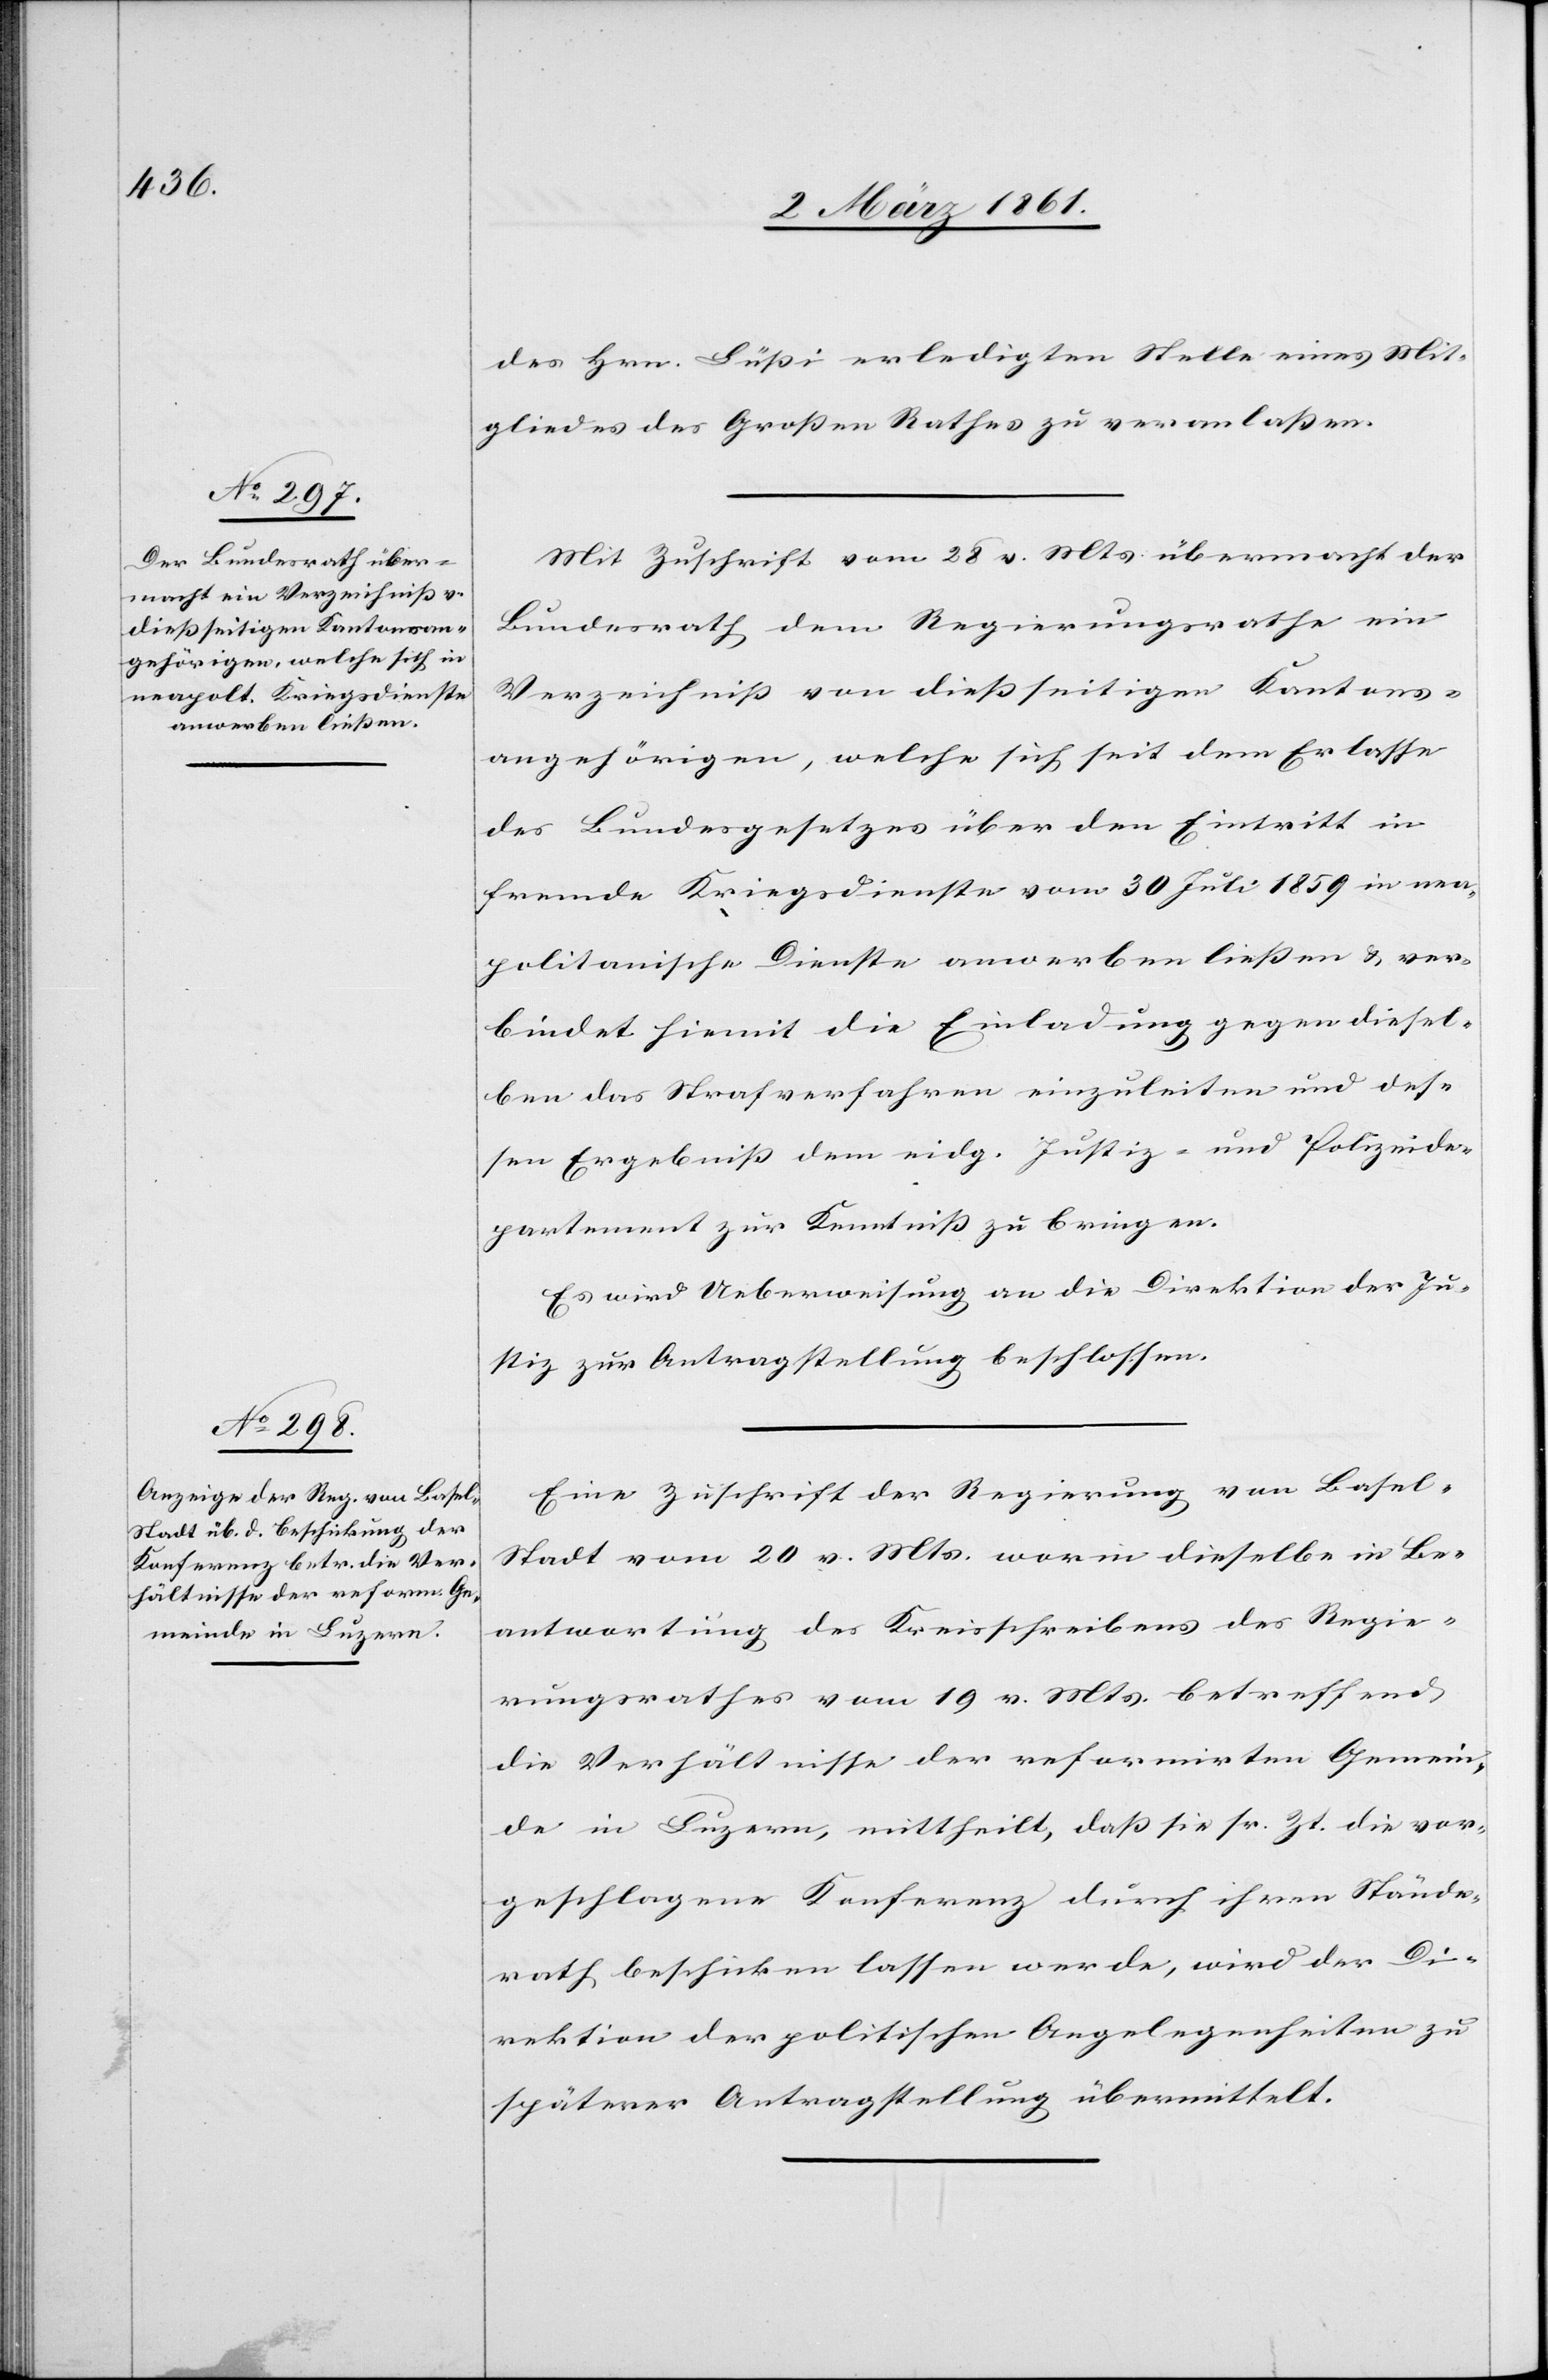
des Hrn. Lüssi erledigten Stelle eines Mit¬
gliedes des Grossen Rathes zu veranlassen.
Mit Zuschrift vom 28. v. Mts. übermacht der
Bundesrath dem Regierungsrathe ein
Verzeichniss von diessseitigen Kantons¬
angehörigen, welche sich seit dem Erlasse
des Bundesgesetzes über den Eintritt in
fremde Kriegsdienste vom 30 Juli 1859 in nea¬
politanische Dienste anwerben liessen u. ver¬
bindet hiemit die Einladung gegen diesel¬
ben das Strafverfahren einzuleiten und des¬
sen Ergebniss dem eidg. Justiz- und Polizeide¬
partement zur Kenntniss zu bringen.
Es wird Ueberweisung an die Direktion der Ju¬
stiz zur Antragstellung beschlossen.
Eine Zuschrift der Regierung von Basel-S¬
tadt vom 20 v. Mts. worin dieselbe in Be¬
antwortung des Kreisschreibens des Regie¬
rungsrathes vom 19 v. Mts. betreffend
die Verhältnisse der reformirten Gemein¬
de in Luzern, mittheilt, dass sie sr. Zt. die vor¬
geschlagene Konferenz durch ihren Stände¬
rath beschicken lassen werde, wird der Di¬
rektion der politischen Angelegenheiten zu
späterer Antragstellung übermittelt.